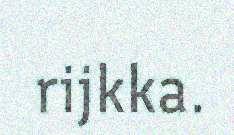
rijkka.